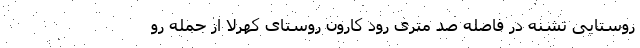
روستایی تشنه در فاصله صد متری رود کارون روستای کُهرِلا از جمله رو